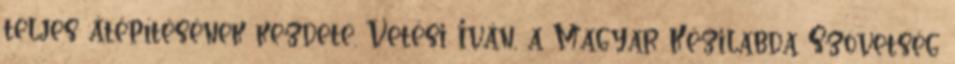
teljes átépítésének kezdete. Vetési Iván, a Magyar Kézilabda Szövetség